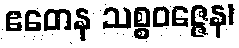
ဧတေန သစ္စဝဇ္ဇေန၊